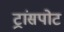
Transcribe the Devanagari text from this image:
ट्रांसपोट